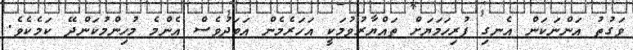
ވަގުތު އަންނަކަން އެނގި ފުރިހަމަޔަށް ތައްޔާރުވުމަކީ އަހަރެމެން އަބަދުވެސް އެންމެ މުހިންމުކަންދޭ ކަމެކެވެ.